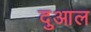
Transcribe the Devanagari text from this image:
दुआल